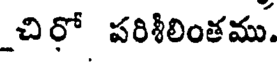
_చిరో పరిశీలింతము.